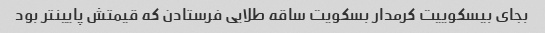
بجای بیسکوییت کرمدار بسکویت ساقه طلایی فرستادن که قیمتش پایینتر بود